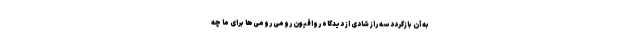
به آن بازگردد سه راز شادی از دیدگاه رواقیون رومی رومی‌ها برای ما چه